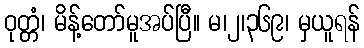
ဝုတ္တံ၊ မိန့်တော်မူအပ်ပြီ။ မ၊၂၊၃၆၉၊ မှယူရန်